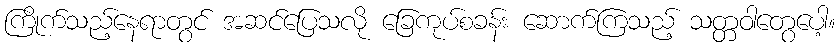
ကြိုက်သည့်နေရာတွင် အဆင်ပြေသလို ခြေကုပ်စခန်း ဆောက်ကြသည့် သတ္တဝါတွေပေါ့။